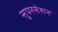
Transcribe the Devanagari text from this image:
सुपरसेशन